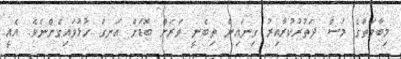
މިބާވަތުގެ މަސް ދަތުރުކުރާއިރު ގިނައިން ތިބެނީ ވަރަށް ބޮޑަށް އަނގަ ހުޅުވައިގެންނެވެ. އެއީ